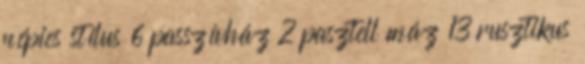
népies stílus 6 passzívház 2 pasztell máz 13 rusztikus